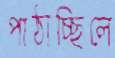
পাঠাচ্ছিলে